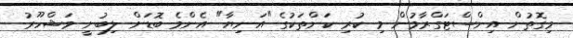
މިގޮތުން އިންސްޓަގްރާމުން މި ކުރި ކަންތަކުގެ "އަނިޔާ" އެންމެ ބޮޑަށް ލިބުނީ މަޝްހޫރު